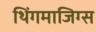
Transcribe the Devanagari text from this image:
थिंगमाजिग्स